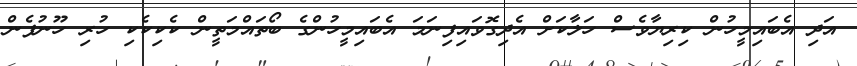
އަދި އެބައިމީހުން ކިރިޔާވެސް ހަލާކަށް އެދިގޮވައިފިނަމަ އެބައިމީހުންގެ ބޯތައްމަތީން ކެކިކެކި ހުރި ހޫނުފެން